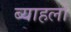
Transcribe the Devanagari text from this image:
ब्याहलो